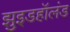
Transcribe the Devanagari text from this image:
झुइडहॉलंड